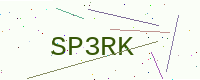
Text: SP3RK